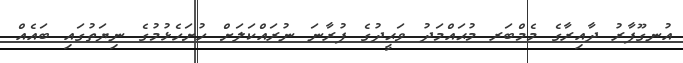
އުނގޫފާރު ދާއިރާގެ މެމްބަރ މުޙައްމަދު ވަޙީދުގެ ފުރާނަ ނުރައްކަލަށް ހުށަހެޅުމުގެ ނިޔަތުގައި ބައެއް